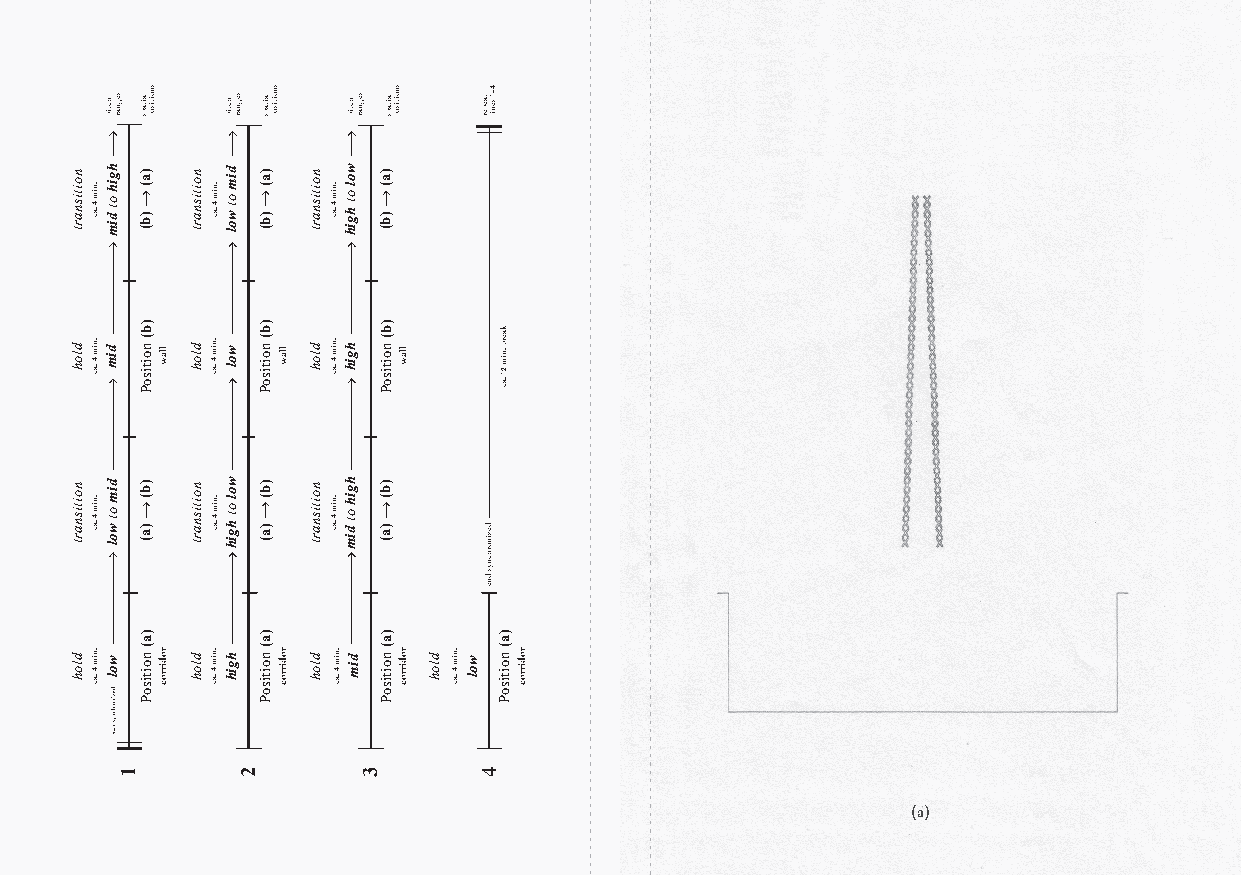
(a)
 noitisnart
 dloh
 noitisnart
 dloh
 .nim
 4 .ac
 .nim
 4
 .ac
 .nim
 4 .ac
 .nim
 4
 .ac
 seh gc nt aip r
 hgih
 ot dim
 dim
 dim
 ot wol
 wol
 dezinorhcnys
 trats
 1
 laitaps
 )a(
 )b(
 )b(
 noitisoP
 )b(
 )a(
 )a(
 noitisoP
 snoitisop
 llaw
 rodirroc
 noitisnart
 dloh
 noitisnart
 dloh
 .nim
 4 .ac
 .nim
 4
 .ac
 .nim
 4 .ac
 .nim
 4
 .ac
 hctip
 dim
 ot wol
 wol
 wol
 ot hgih
 hgih
 segnar
 2
 laitaps
 )a(
 )b(
 )b(
 noitisoP
 )b(
 )a(
 )a(
 noitisoP
 snoitisop
 llaw
 rodirroc
 noitisnart
 dloh
 noitisnart
 dloh
 .nim
 4 .ac
 .nim
 4
 .ac
 .nim
 4 .ac
 .nim
 4
 .ac
 hctip
 wol
 ot hgih
 hgih
 hgih
 ot dim
 dim
 segnar
 3
 laitaps
 )a(
 )b(
 )b(
 noitisoP
 )b(
 )a(
 )a(
 noitisoP
 snoitisop
 llaw
 rodirroc dloh .nim
 4
 .ac
 wol
 4-1t
 a se ep ne ir l
 dezinorhcnys
 dne
 4
 kaerb
 .nim
 21
 .ac
 )a(
 noitisoP rodirroc